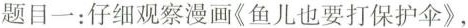
题目一：仔细观察漫画《鱼儿也要打保护伞》，